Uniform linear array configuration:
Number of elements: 16
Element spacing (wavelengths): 0.5
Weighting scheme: binomial
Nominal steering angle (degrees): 45
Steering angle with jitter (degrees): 44.249
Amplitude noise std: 0.05
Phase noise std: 0.05

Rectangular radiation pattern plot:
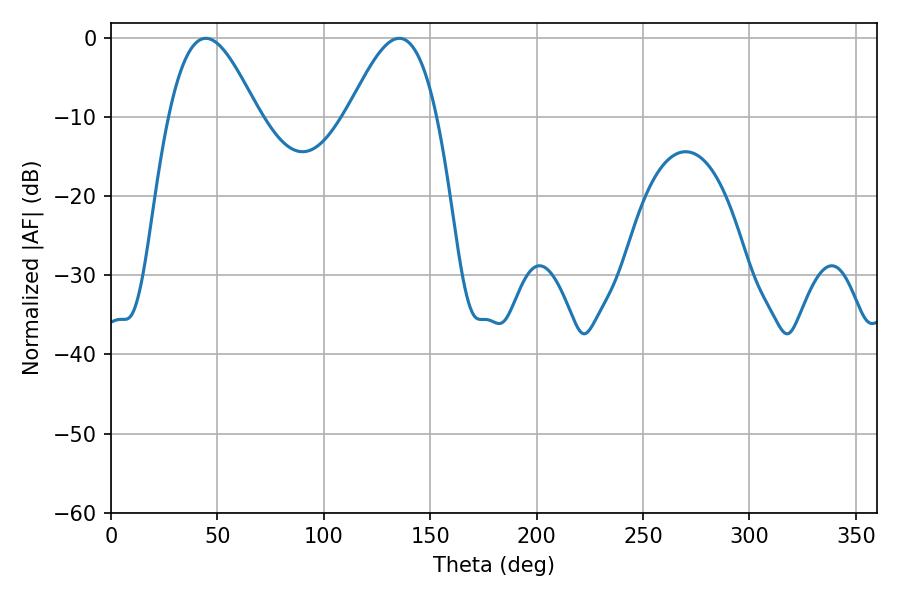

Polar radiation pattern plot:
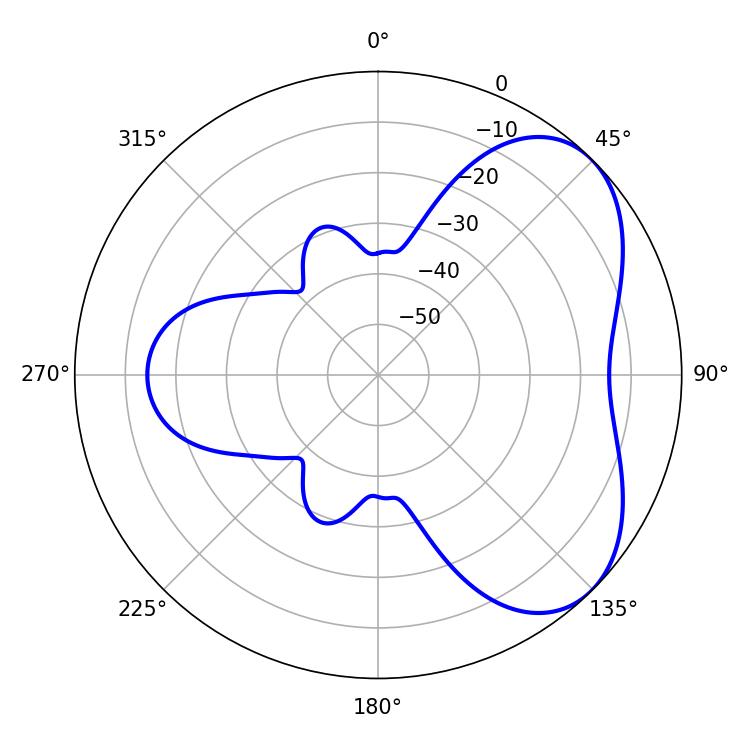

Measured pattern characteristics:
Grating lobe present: FALSE
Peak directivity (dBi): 5.054
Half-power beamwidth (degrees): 22.5
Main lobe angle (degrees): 44.46